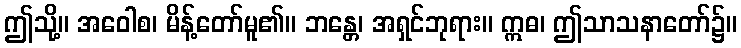
ဤသို့။ အဝေါစ၊ မိန့်တော်မူ၏။ ဘန္တေ၊ အရှင်ဘုရား။ ဣဓ၊ ဤသာသနာတော်၌။